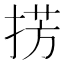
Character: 𢮷